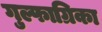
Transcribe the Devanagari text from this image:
गुल्फाग्रिका